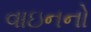
વાઇનનો